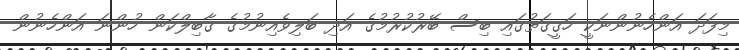
މިފަދަ އަންހެނުންނަކީ ހަގީގަތުގައި ބިސް ބޭރުކުރުމުގެ އަދި ބަލިވެއިނުމުގެ ގާބިލްކަން ހުންނަ އަންހެނުން